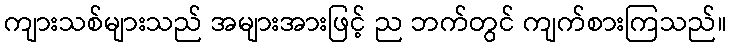
ကျားသစ်များသည် အများအားဖြင့် ည ဘက်တွင် ကျက်စားကြသည်။